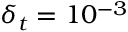
\delta _ { t } = 1 0 ^ { - 3 }